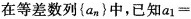
在等差数列\left \{a_{n} \right \} 中，已知$$a 1 =$$